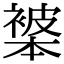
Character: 𬡩